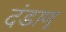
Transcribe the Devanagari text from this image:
दंडाणू